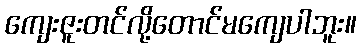
ကျေးဇူးတင်လို့တောင်မကျေပါဘူး။